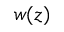
w ( z )